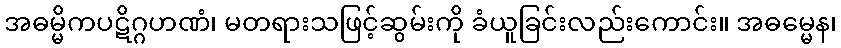
အဓမ္မိကပဋိဂ္ဂဟဏံ၊ မတရားသဖြင့်ဆွမ်းကို ခံယူခြင်းလည်းကောင်း။ အဓမ္မေန၊